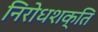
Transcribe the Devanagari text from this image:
निरोधशक्ति